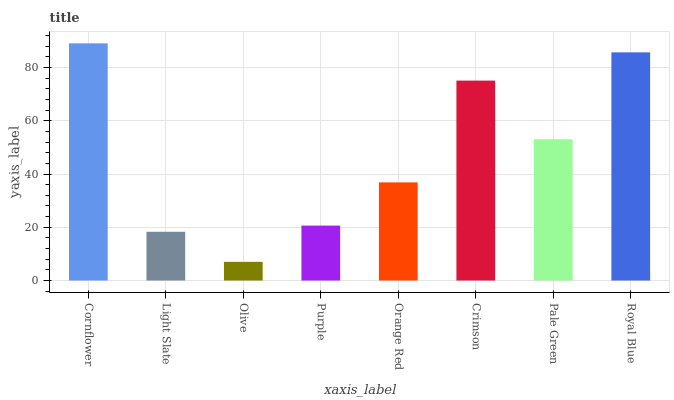
| xaxis_label | bars |
 | --- | --- |
 | Cornflower | 89.1 |
 | Light Slate | 18.3 |
 | Olive | 7.01 |
 | Purple | 20.6 |
 | Orange Red | 36.9 |
 | Crimson | 75.1 |
 | Pale Green | 53.1 |
 | Royal Blue | 85.7 |